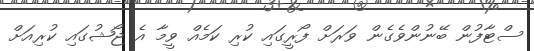
ސްޓާފުން ބޭނުންވެގެން ވަރަށް ފޯރީގައި ކުރި ކަމެއް ވީމާ އެ ޖޯޝުގައި ކުރިއަށް